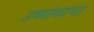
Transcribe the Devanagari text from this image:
उष्मांकाचा